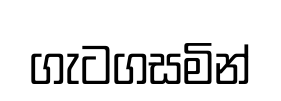
ගැටගසමින්